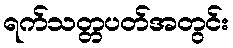
ရက်သတ္တပတ်အတွင်း